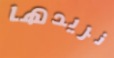
نريدها